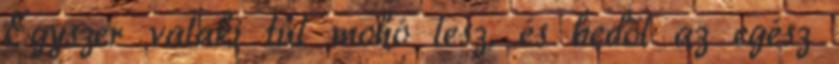
Egyszer valaki túl mohó lesz, és bedől az egész